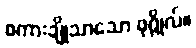
စကားချိုသာသော ပုဂ္ဂိုလ်။